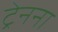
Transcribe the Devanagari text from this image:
ट्रेनना